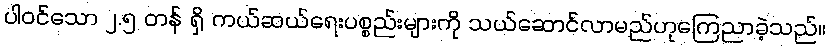
ပါဝင်သော ၂.၅ တန် ရှိ ကယ်ဆယ်ရေးပစ္စည်းများကို သယ်ဆောင်လာမည်ဟုကြေညာခဲ့သည်။